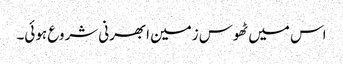
اس میں ٹھوس زمین ابھرنی شروع ہوئی۔